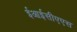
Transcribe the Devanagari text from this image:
ईआईसीएएस